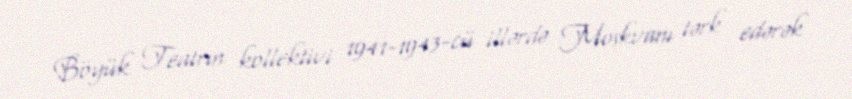
Böyük Teatrın kollektivi 1941-1943-cü illərdə Moskvanı tərk edərək